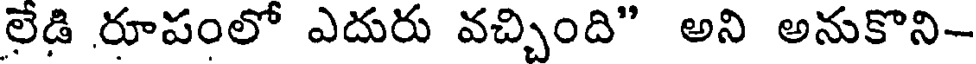
లేడి రూపంలో ఎదురు వచ్చింది" అని అనుకొని-